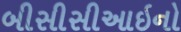
બીસીસીઆઇનો